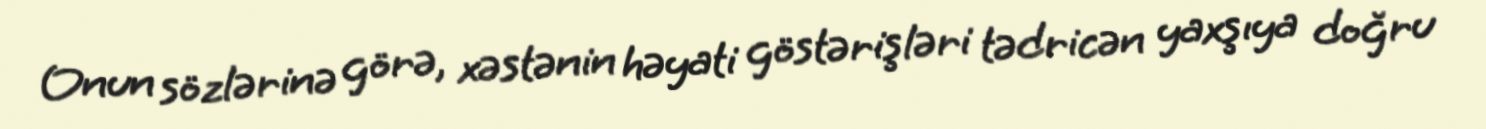
Onun sözlərinə görə, xəstənin həyati göstərişləri tədricən yaxşıya doğru